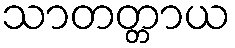
သာတတ္တာယ